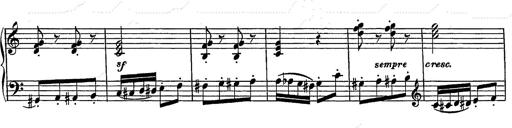
Title: Grand galop chromatique
Composer: Franz Liszt
Key: E-flat major (simplified version in EÂ major)